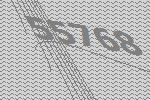
55768